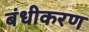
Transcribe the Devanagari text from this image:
बंधीकरण